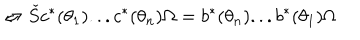
\Leftrightarrow \check { S } c ^ { * } ( \theta _ { 1 } ) . . . c ^ { * } ( \theta _ { n } ) \Omega = b ^ { * } ( \theta _ { n } ) . . . b ^ { * } ( \theta _ { 1 } ) \Omega